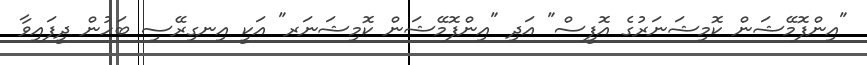
"އިންފޮމޭޝަން ކޮމިޝަނަރުގެ އޮފީސް" އަދި "އިންފޮމޭޝަން ކޮމިޝަނަރ" އަކީ އިނގިރޭސި ބަހުން ދީފައިވާ